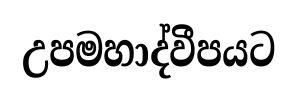
උපමහාද්වීපයට